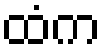
ထံက